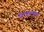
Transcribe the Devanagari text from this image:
यन्त्रात्मक